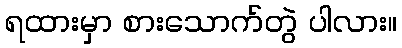
ရထားမှာ စားသောက်တွဲ ပါလား။